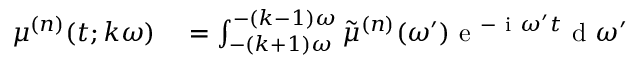
\begin{array} { r l } { \mu ^ { ( n ) } ( t ; k \omega ) } & { { } = \int _ { - ( k + 1 ) \omega } ^ { - ( k - 1 ) \omega } \tilde { \mu } ^ { ( n ) } ( \omega ^ { \prime } ) \mathrm { ~ e ~ } ^ { - \mathrm { ~ i ~ } \omega ^ { \prime } t } \mathrm { ~ d ~ } \omega ^ { \prime } } \end{array}